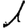
Digit: 1